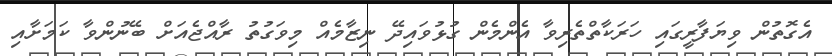
އެގޮތުން ވިޔަފާރީގައި ހަރަކާތްތެރިވާ އެންމެން ގުޅުވައިދޭ ނިޒާމެއް މިވަގުތު ރާއްޖެއަށް ބޭނުންވާ ކަމަށާއި